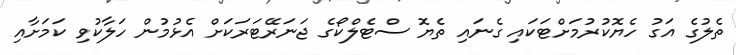
ތެލުގެ އަގު ހެޔޮކުރުމަށްޓަކައި ގެނައި ތެޔޮ ސްޓެލްކޯގެ ޖަނަރޭޓަރަކަށް އެޅުމުން ހަލާކުވި ކަމަށާއި